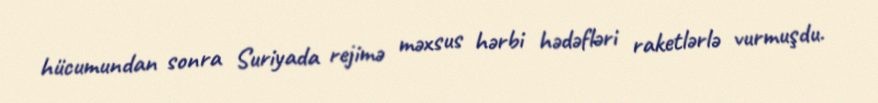
hücumundan sonra Suriyada rejimə məxsus hərbi hədəfləri raketlərlə vurmuşdu.